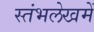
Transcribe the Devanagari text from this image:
स्‍तंभलेखमें